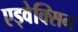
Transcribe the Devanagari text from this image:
एड्वेक्सिन